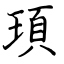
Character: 頊